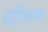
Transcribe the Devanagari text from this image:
सट्क्लिफ